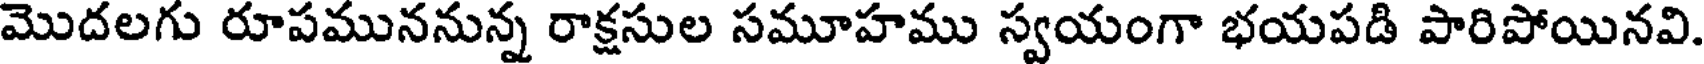
మొదలగు రూపముననున్న రాక్షసుల సమూహము స్వయంగా భయపడి పారిపోయినవి.